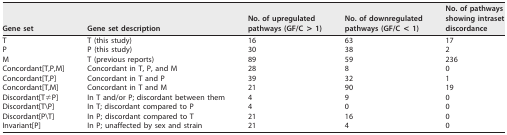
| Gene set | Gene set description | No. of upregulatedpathways (GF/C > 1) | No. of downregulatedpathways (GF/C < 1) | No. of pathwaysshowing intrasetdiscordance |
 | --- | --- | --- | --- | --- |
 | T | T (this study) | 16 | 63 | 17 |
 | P | P (this study) | 30 | 38 | 2 |
 | M | T (previous reports) | 89 | 59 | 236 |
 | Concordant[T,P,M] | Concordant in T, P, and M | 28 | 8 | 0 |
 | Concordant[T,P] | Concordant in T and P | 39 | 32 | 1 |
 | Concordant[T,M] | Concordant in T and M | 21 | 90 | 19 |
 | Discordant[T≠P] | In T and/or P; discordant between them | 4 | 9 | 0 |
 | Discordant[T\P] | In T; discordant compared to P | 4 | 0 | 0 |
 | Discordant[P\T] | In P; discordant compared to T | 21 | 16 | 0 |
 | Invariant[P] | In P; unaffected by sex and strain | 21 | 4 | 0 |